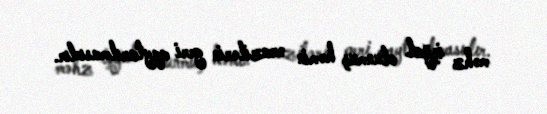
məhz işğal olunmuş həmin ərazilərin geri qaytarılmasıdır.